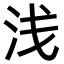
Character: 浅